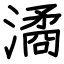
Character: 潏